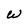
Character: W